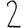
Digit: 2